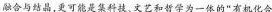
融合与结晶，更可能是集科技、文艺和哲学为一体的”有机化合